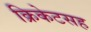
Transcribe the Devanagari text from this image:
क्रिकेटसह